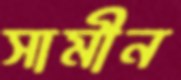
সামীন